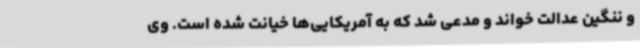
و ننگین عدالت خواند و مدعی شد که به آمریکایی‌ها خیانت شده است. وی